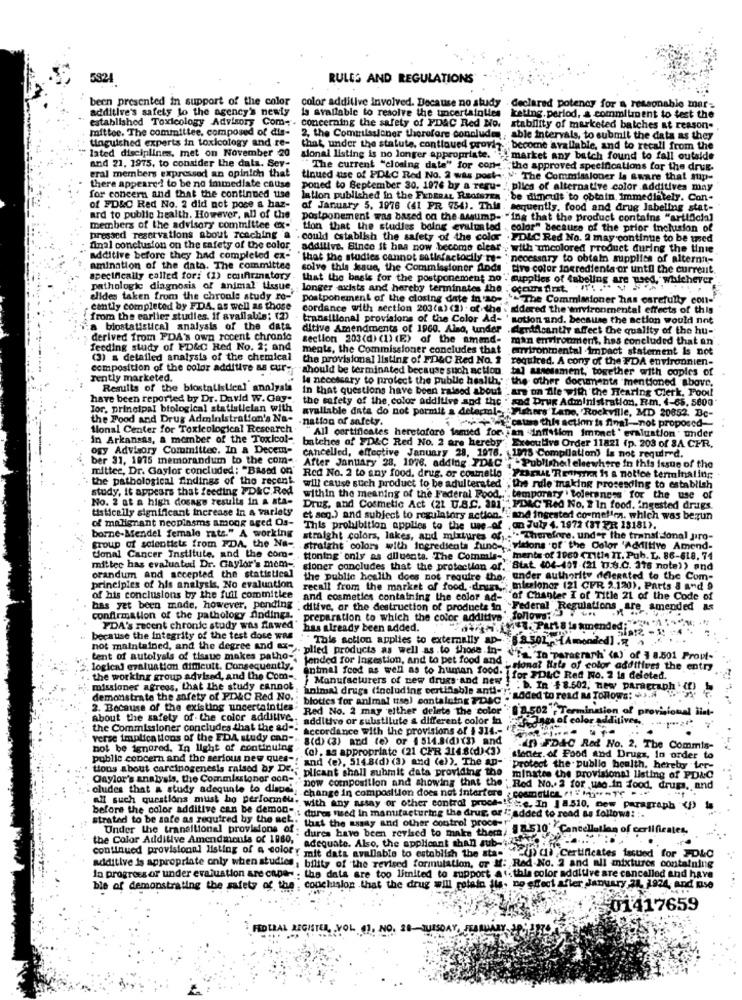
5824
RULES AND REGULATIONS
been presented in support of the color color additive involved. Because no study
additive's safety lo the agency's newty
is available to resolve the uncertainties
declared potency for a reasonable mar-
keting. period, a commitment to test the
established Toxicology Advisory Com- . concerning the safety of FDAC Red No.
mittee. The committee, composed of dis-
stability of marketed batches at reason-
tinguished experts in toxicology and re-
2, the Commissioner therefore concludes , able intervals, to submit the data as they
lated disciplines. met on November 20
that, under the statute, continued provi ?.
become available, and to recall from the
sional listing is no longer appropriate.
"market any batch found to fall outside
and 21, 1975, to consider the data. Sev-
eral members expressed an opinion that
The current "closing date" for con-
the approved specifications for the drug.
tinued use of PDLC Red No. 2 was post -..
" The Commissioner la aware that sup-
there appeared to be no immediate cause
poned to September 30, 1976 by a regu-
plics of alternative color .additives may
for concern and that the continued use
Iation published in the FEDERAL REGISTER . be dimcult to obtain, immediately. Con-
of FD&C Red No. 2 did not pose a haz-
of January 5. 1976 (41 FR 754). This
sequently. food and drug Jabeling stat-
ard to public health. However, all of the
postponement was based on the assump- "ing that the product contains "artificial
members of the advisory committee ex-
Lion that the studies boing evaluated
color" because of the prior inclusion of
pressed reservations about reaching a .could establish the safety of the color
PDLC Red No. 2 may continue to be used
final conclusion on the safety of the color.
addilive. Since it has now become elear . with uncolored product during the tinte
additive before they had completed ex- "that the studies cannot satisfactorily re- "necessary to obtain supplies of alterna-
amination of the data. The committee
solve this Jeaue, the Commissioner finds
tive color ingredients or until the current.
specifically called for: (1) coufringtory
that the basis for the postponement no . supplies of tabeling are used, whichever
pathologic diagnosis of animal" tissue,
longer axists and hereby terminates the . occurs first.
elides taken from the chroule study ro-'
postponement of the closing date in so -;
" The Commissioner has carefully con-
. cantly completed by FDA, as well as those
cordance with section 203(a) (2) . of the : gidered the environmental effects of this
from the earlier studies. If available; (2)
transitional provisions of the Color Ad-
Rotion and. because the action would not
a biostatistical analysis of the data
ditive Amendments of 1960. Also, under
dentroantly affect the quality of the hu-
derived from PDA's own recent chronic
section 203(d) (1) (E) of the amend- man environment, has concluded that an'
feeding study of FD&C Red No. 2; and
ments, the Commissioner concludes that arrironmental impact staternent Is not
(3) a detailed analysis of the chemical
the provisional listing of FDAC Red No. 1
required. A cony of the FDA environnien-
composition of the color additive as cury
should be terminated because such action.
tal assessment, together with copies of
rently marketed.
la necessary to protect the public health,":
the other documents mentioned above,
Results of the biostatistical analysis
in that questions have been raised about "_are on Ale with the Hearing Clerk, Pool
have been reported by Dr. David W.Gay-
the safety of the color additive and the " and Drug Administration, Rm. 4-85, 5600
Tor. principal biological statistician with
the Food and Drug Administration's Na-
-nation of safety.
available data do not pormit a delecml- Fishers Lane, Rockville, MD 20852. Be-
Pr+-cur thh action is final-not proposed-
Sional Center for Toxicological Research
In Arkansas, a member of the Toxicol-
"All certificates heretoforo issued for. jan "Inflation Imonet ' evaluation " under
ogy Advisory Committee. In a Decem-
cancelled, effective January 28, 1978.
batches of FD&C Red No. 2 are hereby': Executive Order 11821 (p. 203 of 8A CFR.
ber 31, 1975 memorandum to the com-
1075 Compilation) is not required.
mittee, Dr. Gaylor concluded: "Based on'
After January 28, 1976, adding 7D&C .; - Published! elsewhere in this issue of the
the pathological findings of the recent.
Red No. 2 to any food, drug. or cosmetlo
will cause such product to be adulterated'
Port Rohre Is a notice terminaling
study, it appears that feeding FD&C, Red
, the rule making prosesding to establish
No. 2 at a high dosage results in a ata-
within the meaning of the Federal Food, ' temporary ' toleranens' for the use of
tistically significant increase In a variety
Drug, and Cosmetic Act (21 U.8 .. 201"" PDLC'Red No. 2 In food. ingested drugs.
of malignant neopinsms among aged Os-
et seg.) and subject to regulators action.""and ingester! co-mellen. which was bezun
This prohibition applies to the use of ,on July 4. 1972 (37 ZR 18181).
borne-Mendel female rats." A working
straight colors, lakes, and mixtures of ,.. " Therefore, under the transi donal pro-
Group of scientists from FDA. the Na-
. straight colors with ingredients func- visions of the Color 'Additive Amend-
tional Cancer Institute, and the com-
tioning' only as diluente. The Commis -, mente of 1060 (Title IT. Pub. L. 86-618. 74
mitter has evaluated Dr. Gaylor's mom- cloner concludes that the protection of."
Stat 404-107 (21 b.6.0. 376 note)) and
orandum and accepted the statistical
the public health does not require the, under authority delegated to the Com-
principles of his analysis, No evaluation
recall from the market of food, drums," missionar (21 CFR 2.120), Parts & and 9
of his conclusions by the fuil commitlee
and cosmetics containing the color ad-
d-of Chanter I of Title 21 of the Code of
bas yet been mode, however, pending
ditive, or the destruction of products in Federal Regulations are amended as
confirmation of the pathology findings.
preparation to which the color additive follows
PDA's recent chronic study was flawed'
has already been added.
ARRIVE. Parte ! amended;
because the integrity of the test dose was
"This action applies to externally ap- 88.501; }{Amended] .R
not maintained, and the degree and ex-
tent of autolysis of tissue makes patho-
fended for Ingestion, and to pet food and
plied products as well as .to those .in- "r "In paragraph' (a) of 3 8.501 Provt-
. logical evaluation difficult. Consequently.
Fiona? Nats of color additives the entr
the working group advised, and the Com -.
entmal food as well as to human food. for FOLC Red No. 2 is deleted.
missioner agrees, that the study cannot
Manufacturers of new drugs and new . . b. In $8.602, new paractubh ()
animal drugs (including vertidable anti -!!
demonstrate the safety of FD&C Red No.
: blottes for animal ttsa) sontaluing PDAC
"added to read as Tonows: +3.4
2. Because of the existing uncertainties
Red No. 2 may either delete the color "8 8.502 '+ Termin
ation
about the safety of the color additive ..
: additive or substitute a different color in
the Commissioner concludes that the ad -!
accordance with the provisions of $ 314 .-
verse implications of the EDA study can -..
8(d) (3) and (e) or ( 514.8(d)(3) and
not be ignored. In light of continuing
(c), as appropriate (21 CER 3148(d)<3)
-in FD&C Red No. 2. The Commis-
public concern and the serious new ques -!
and (e), 5148(d) (3) and (e)). The ap-
Gleder of Food and Drugs, In order to
tions about carcinogenesis raised by Dr .;
plicant shall submit data providing the
`Protect the public health. hereby ter-
Gaylor's analysis, the Commissioner con-
minates the provisional listing of PDLC
oludes that a study adequate to dlace',
now composition and showing that the' Red No. 2 for use.in food, drugs, and
-change in composition does not interfere . cosmetica "! " mi" - Tr ...
before the color additive can be demon -.:
all such questions must be performneu. with any assay or other control proch -!! "e, In I 8510, new paragraph "(I)
strated to be safe as required by the net.
Ss dures med in manufacturing the drug, or added to read as follows: :
" that the assay and other control proce -!
Under the transitional provisions of: dures have been revised to make there . 5-510 Cancellation of certificates,
the Color Additive Amendments of 1880, adequate. Also, the applicant than aub- info" ..... .. '
continued provisional listing of a color? mit dats avallable to establish the sta-
this a), Certificates issued for PDLO
additive is appropriate only when studies , bility of the revised formulation, or M: Red No. 2 and all mixtures containing
In progress or under evaluation are capa- . the data are too limited to support at. thla color additive are cancalled and have
ble of demonstrating the safety of the : conclusion that the drug will rotato its- no effect afler dJanuary 21, 1924, and mise
$01417659